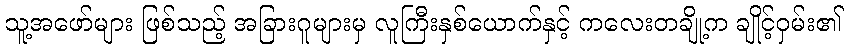
သူ့အဖော်များ ဖြစ်သည့် အခြားဂူများမှ လူကြီးနှစ်ယောက်နှင့် ကလေးတချို့က ချိုင့်ဝှမ်း၏